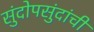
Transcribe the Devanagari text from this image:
सुंदोपसुंदांची